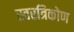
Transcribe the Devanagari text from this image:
स्वरत्रिकोण